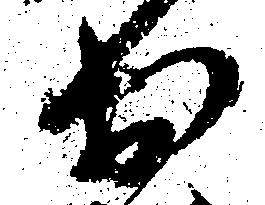
於